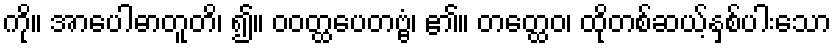
ကို။ အာပေါဓာတူတိ၊ ၍။ ဝဝတ္ထပေတဗ္ဗံ၊ ၏။ တတ္ထေဝ၊ ထိုတစ်ဆယ့်နှစ်ပါးသော